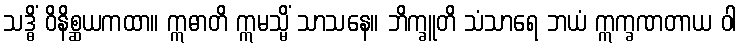
သဒ္ဓိံ ဝိနိစ္ဆယကထာ။ ဣဓာတိ ဣမသ္မိံ သာသနေ။ ဘိက္ခူတိ သံသာရေ ဘယံ ဣက္ခဏတာယ ဝါ